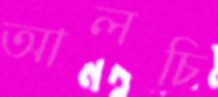
আলচি